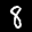
Label: 8